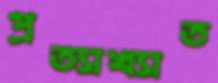
প্রত্যাখ্যাত